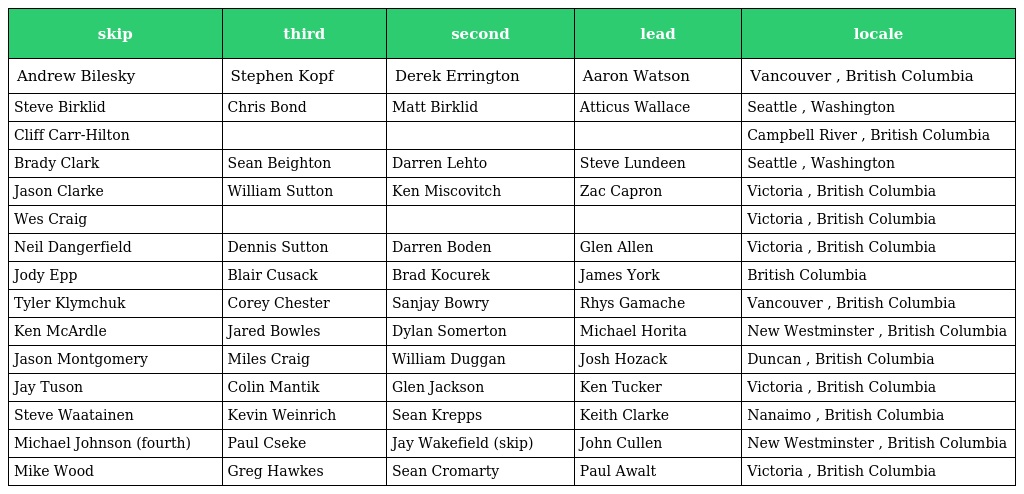
| skip | third | second | lead | locale |
 | --- | --- | --- | --- | --- |
 | Andrew Bilesky | Stephen Kopf | Derek Errington | Aaron Watson | Vancouver , British Columbia |
 | Steve Birklid | Chris Bond | Matt Birklid | Atticus Wallace | Seattle , Washington |
 | Cliff Carr-Hilton |  |  |  | Campbell River , British Columbia |
 | Brady Clark | Sean Beighton | Darren Lehto | Steve Lundeen | Seattle , Washington |
 | Jason Clarke | William Sutton | Ken Miscovitch | Zac Capron | Victoria , British Columbia |
 | Wes Craig |  |  |  | Victoria , British Columbia |
 | Neil Dangerfield | Dennis Sutton | Darren Boden | Glen Allen | Victoria , British Columbia |
 | Jody Epp | Blair Cusack | Brad Kocurek | James York | British Columbia |
 | Tyler Klymchuk | Corey Chester | Sanjay Bowry | Rhys Gamache | Vancouver , British Columbia |
 | Ken McArdle | Jared Bowles | Dylan Somerton | Michael Horita | New Westminster , British Columbia |
 | Jason Montgomery | Miles Craig | William Duggan | Josh Hozack | Duncan , British Columbia |
 | Jay Tuson | Colin Mantik | Glen Jackson | Ken Tucker | Victoria , British Columbia |
 | Steve Waatainen | Kevin Weinrich | Sean Krepps | Keith Clarke | Nanaimo , British Columbia |
 | Michael Johnson (fourth) | Paul Cseke | Jay Wakefield (skip) | John Cullen | New Westminster , British Columbia |
 | Mike Wood | Greg Hawkes | Sean Cromarty | Paul Awalt | Victoria , British Columbia |